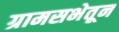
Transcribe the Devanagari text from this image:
ग्रामसभेतून